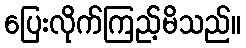
ပြေးလိုက်ကြည့်မိသည်။